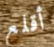
أقلع